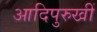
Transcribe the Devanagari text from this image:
आदिपुरुखीं